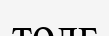
толғ